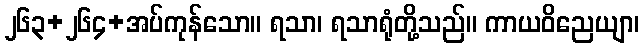
၂၆၃+၂၆၄+အပ်ကုန်သော။ ရသာ၊ ရသာရုံတို့သည်။ ကာယဝိညေယျာ၊